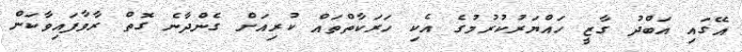
އޭގައި އަބްދު ގާޒީ ހައްޔަރުކުރުމުގެ އެކި ހަރަކާތްތައް ކުރިއަށް ގެންދާނެ ގޮތް ރާވާފައިވާކަން